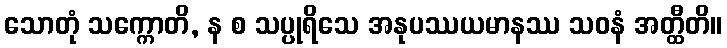
သောတုံ သက္ကောတိ, န စ သပ္ပုရိသေ အနုပဿယမာနဿ သဝနံ အတ္ထီတိ။